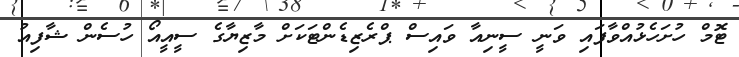
ޓޮމް ހުށަހެޅުއްވާފައި ވަނީ ސީނިއާ ވައިސް ޕްރެޒިޑެންޓަކަށް މާޒިޔާގެ ސީއީއޯ ހުސެން ޝާފިއު